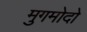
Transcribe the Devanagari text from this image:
मुगमोदो